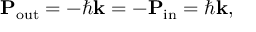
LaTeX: \mathbf { P } _ { \mathrm { o u t } } = - \hbar \mathbf { k } = - \mathbf { P } _ { \mathrm { i n } } = \hbar \mathbf { k } ,